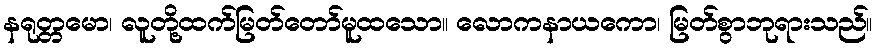
နရုတ္တမော၊ လူတို့ထက်မြတ်တော်မူထသော။ လောကနာယကော၊ မြတ်စွာဘုရားသည်။